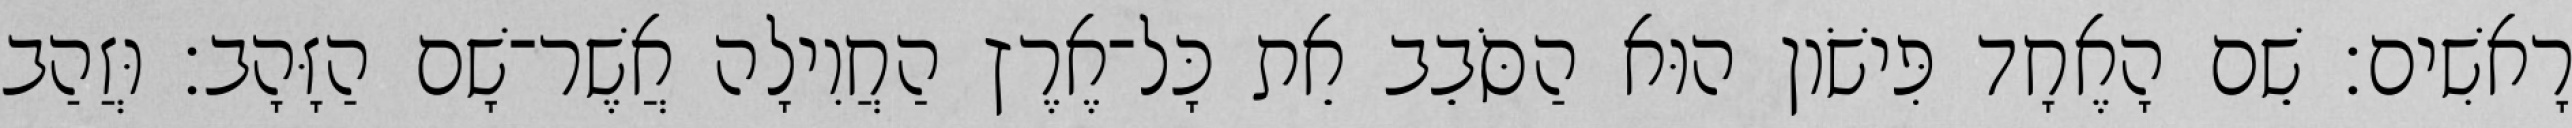
רָאשִׁים׃ שֵׁם הָאֶחָד פִּישֹׁון הוּא הַסֹּבֵב אֵת כָּל־אֶרֶץ הַחֲוִילָה אֲשֶׁר־שָׁם הַזָּהָב׃ וּזֲהַב